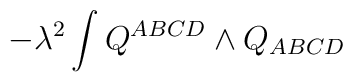
- \lambda ^2 \int Q^{ABCD} \wedge Q_{ABCD}\label E